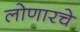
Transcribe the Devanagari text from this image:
लोणारचे